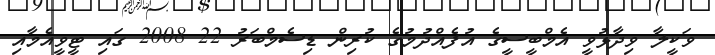
ވަކީލާ ވިދާޅުވީ އެމްބީސީގެ އުފެއްދުމުގެ ކުރިން ޑިސެމްބަރު 22 2008 ގައި ޓީވީއެމާއި